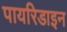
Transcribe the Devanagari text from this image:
पायरिडाइन